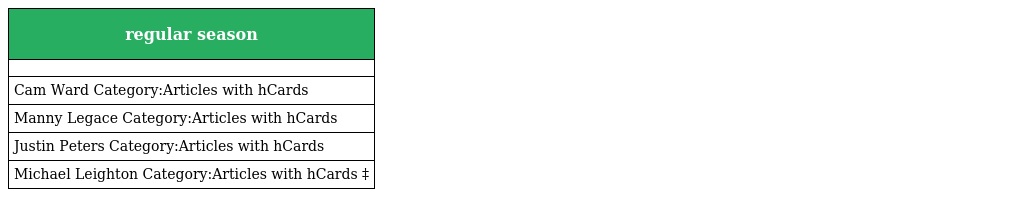
| regular season |
 | --- |
 |  |
 | Cam Ward Category:Articles with hCards |
 | Manny Legace Category:Articles with hCards |
 | Justin Peters Category:Articles with hCards |
 | Michael Leighton Category:Articles with hCards ‡ |